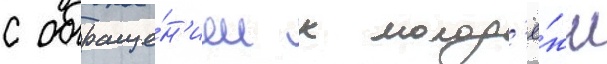
с обраще́н'ием к молод'ё́жи